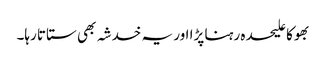
بھوکا علیحدہ رہنا پڑا اور یہ خدشہ بھی ستاتا رہا۔